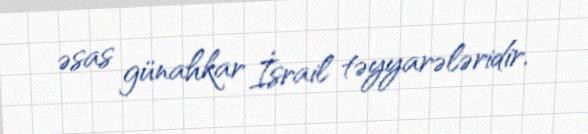
əsas günahkar İsrail təyyarələridir.